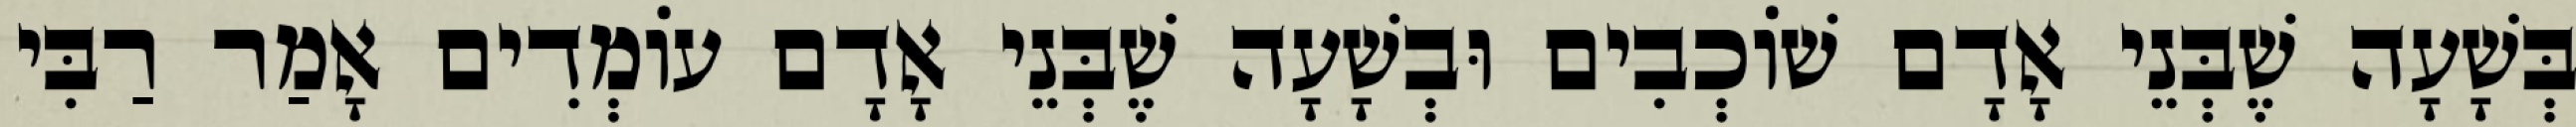
בְּשָׁעָה שֶׁבְּנֵי אָדָם שׁוֹכְבִים וּבְשָׁעָה שֶׁבְּנֵי אָדָם עוֹמְדִים אָמַר רַבִּי